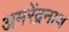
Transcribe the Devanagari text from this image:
अमरेंद्रनाथ